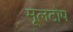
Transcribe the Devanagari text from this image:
मूलटोप